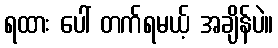
ရထား ပေါ် တက်ရမယ့် အချိန်ပဲ။